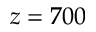
z = 7 0 0